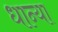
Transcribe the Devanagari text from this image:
धान्या